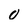
Character: 0